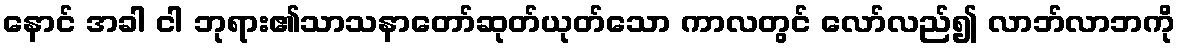
နောင် အခါ ငါ ဘုရား၏သာသနာတော်ဆုတ်ယုတ်သော ကာလတွင် လော်လည်၍ လာဘ်လာဘကို